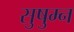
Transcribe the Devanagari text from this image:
सुषुम्न